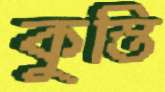
কুস্তি